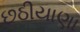
છઠીયાણા